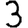
Digit: 3